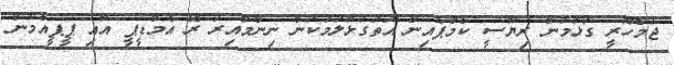
ޖުމްހޫރީ ގުޅުމުން ރިޔާސީ ކެމްޕެއިން އަތުގުޅާލުމަކުން ނިންމާއިރު ރޭ އެމްޑީޕީ އާއި ޕީޕީއެމުން